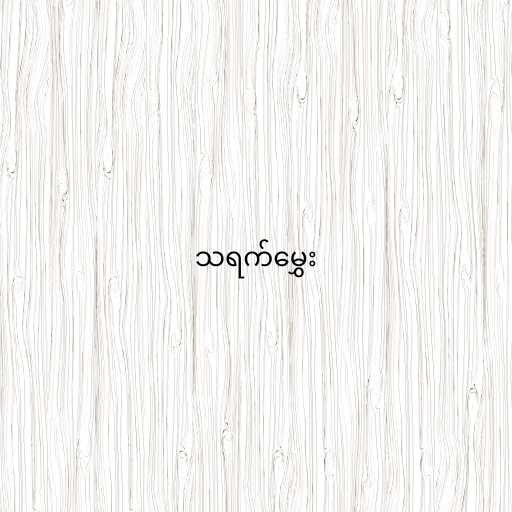
သရက်မွှေး